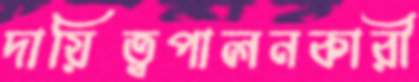
দায়িত্বপালনকারী